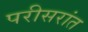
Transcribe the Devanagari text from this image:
परीसरांत